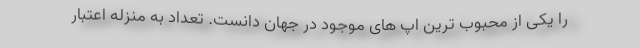
را یکی از محبوب ترین اپ های موجود در جهان دانست. تعداد به منزله اعتبار